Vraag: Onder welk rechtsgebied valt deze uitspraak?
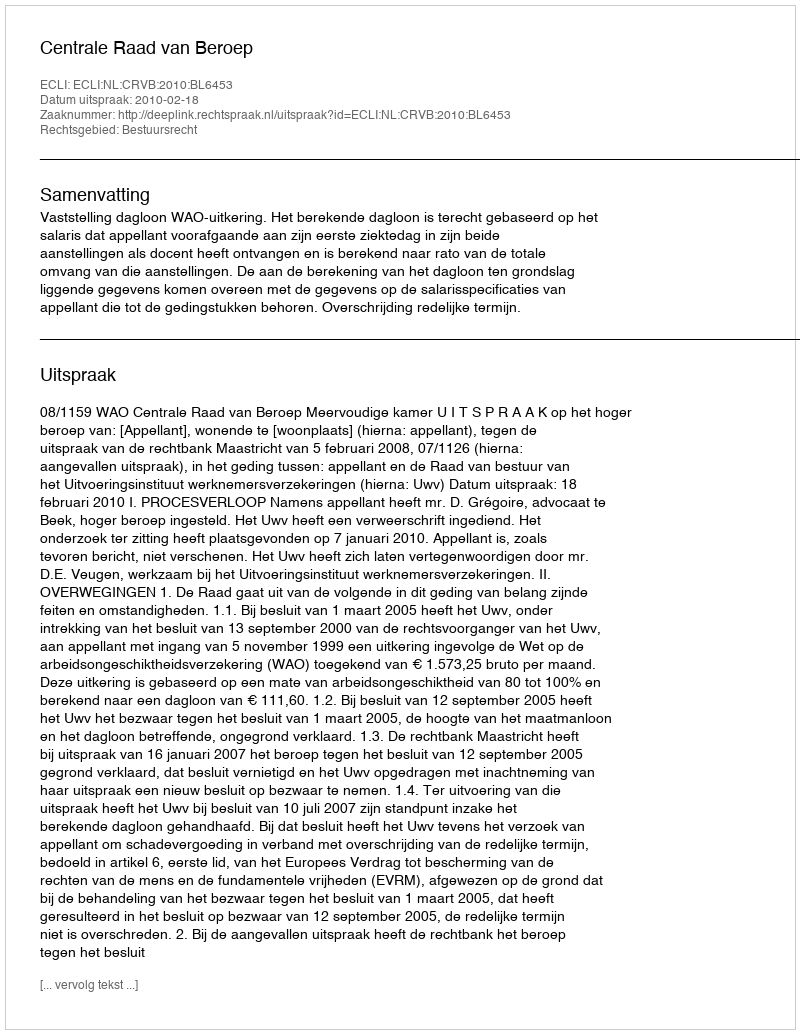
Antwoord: Bestuursrecht